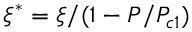
\xi ^ { * } = \xi / ( 1 - P / P _ { c 1 } )